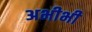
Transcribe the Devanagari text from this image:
अभीभी